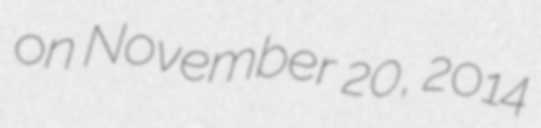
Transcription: on November 20, 2014